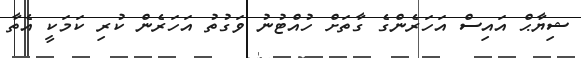
ޝިޔާޙް އައިސް އަހަރެންގެ ގާތަށް ހުއްޓުނު ވަގުތު އަހަރެން ކުރި ކަމަކީ އެތާ